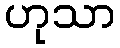
ဟုသာ